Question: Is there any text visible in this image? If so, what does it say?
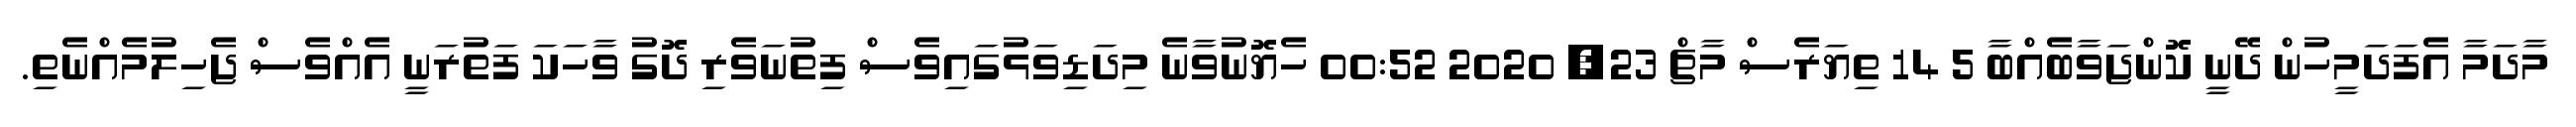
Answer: މާދަމާ އެފަދަމީހުން ދޭނީ ކޮންޖަވާބެއްބާ 5 14 ތިޔަރެސް މާޗް 23, 2020 00:52 ހެޔޮނުވާނެ މިދަޑިވަޅުގައިވެސް ފިތުނަވެރި ދޮގު ވާހަކަ ފަތުރަނީ އެއްވެސް ޖެހިލުމެއްނެތި.